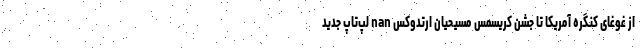
از غوغای کنگره آمریکا تا جشن کریسمس مسیحیان ارتدوکس nan لپ‌تاپ جدید